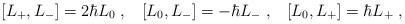
LaTeX: \begin{align*}\left[ L_{+},L_{-}\right] =2\hbar L_{0}\;,\;\;\;\left[ L_{0},L_{-}\right]=-\hbar L_{-}\;,\;\;\;\left[ L_{0},L_{+}\right] =\hbar L_{+}\;,\end{align*}